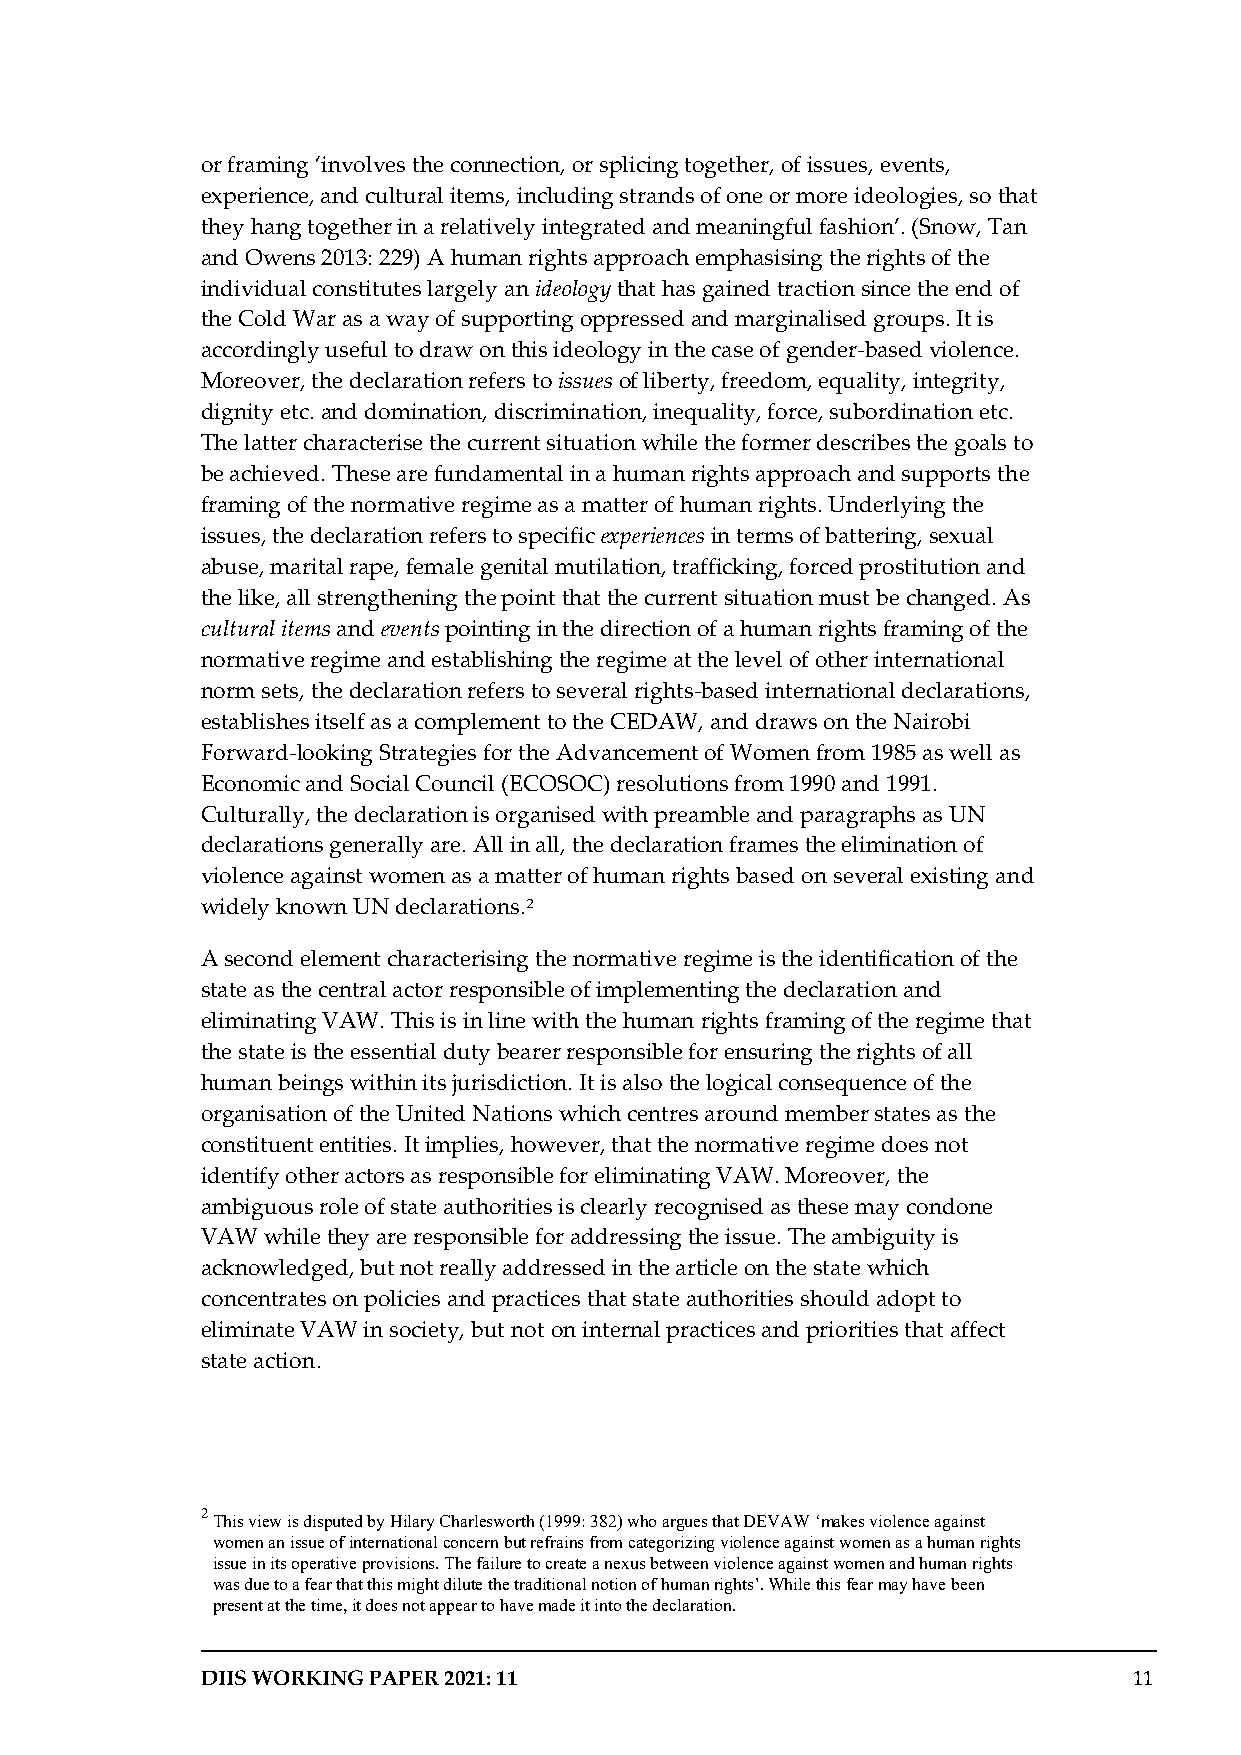
or framing ‘involves the connection, or splicing together, of issues, events,
 experience, and cultural items, including strands of one or more ideologies, so that
 they hang together in a relatively integrated and meaningful fashion’. (Snow, Tan
 and Owens 2013: 229) A human rights approach emphasising the rights of the
 individual constitutes largely an ideology that has gained traction since the end of
 the Cold War as a way of supporting oppressed and marginalised groups. It is
 accordingly useful to draw on this ideology in the case of gender-based violence.
 Moreover, the declaration refers to issues of liberty, freedom, equality, integrity,
 dignity etc. and domination, discrimination, inequality, force, subordination etc.
 The latter characterise the current situation while the former describes the goals to
 be achieved. These are fundamental in a human rights approach and supports the
 framing of the normative regime as a matter of human rights. Underlying the
 issues, the declaration refers to specific experiences in terms of battering, sexual
 abuse, marital rape, female genital mutilation, trafficking, forced prostitution and
 the like, all strengthening the point that the current situation must be changed. As
 cultural items and events pointing in the direction of a human rights framing of the
 normative regime and establishing the regime at the level of other international
 norm sets, the declaration refers to several rights-based international declarations,
 establishes itself as a complement to the CEDAW, and draws on the Nairobi
 Forward-looking Strategies for the Advancement of Women from 1985 as well as
 Economic and Social Council (ECOSOC) resolutions from 1990 and 1991.
 Culturally, the declaration is organised with preamble and paragraphs as UN
 declarations generally are. All in all, the declaration frames the elimination of
 violence against women as a matter of human rights based on several existing and
 widely known UN declarations.2
 A second element characterising the normative regime is the identification of the
 state as the central actor responsible of implementing the declaration and
 eliminating VAW. This is in line with the human rights framing of the regime that
 the state is the essential duty bearer responsible for ensuring the rights of all
 human beings within its jurisdiction. It is also the logical consequence of the
 organisation of the United Nations which centres around member states as the
 constituent entities. It implies, however, that the normative regime does not
 identify other actors as responsible for eliminating VAW. Moreover, the
 ambiguous role of state authorities is clearly recognised as these may condone
 VAW while they are responsible for addressing the issue. The ambiguity is
 acknowledged, but not really addressed in the article on the state which
 concentrates on policies and practices that state authorities should adopt to
 eliminate VAW in society, but not on internal practices and priorities that affect
 state action.
 2
 This view is disputed by Hilary Charlesworth (1999: 382) who argues that DEVAW ‘makes violence against
 women an issue of international concern but refrains from categorizing violence against women as a human rights
 issue in its operative provisions. The failure to create a nexus between violence against women and human rights
 was due to a fear that this might dilute the traditional notion of human rights’. While this fear may have been
 present at the time, it does not appear to have made it into the declaration.
 DIIS WORKING PAPER 2021: 11                                   11